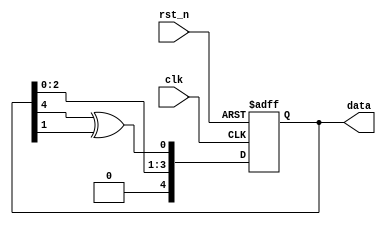
module fibonacci_lfsr(
  input  clk,
  input  rst_n,

  output [4:0] data
);

wire feedback = data[4] ^ data[1] ;

always @(posedge clk or negedge rst_n)
  if (~rst_n) 
    data <= 4'hf;
  else
    data <= {data[2:0], feedback} ;

endmodule